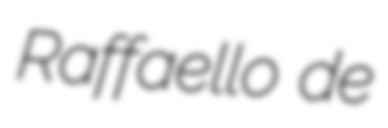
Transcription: Raffaello de